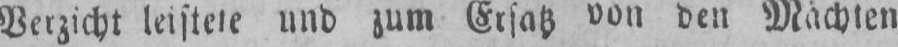
und zum Ersatz von den Mächten